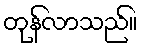
တုန်လာသည်။